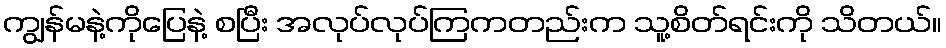
ကျွန်မနဲ့ကိုပြေနဲ့ စပြီး အလုပ်လုပ်ကြကတည်းက သူ့စိတ်ရင်းကို သိတယ်။